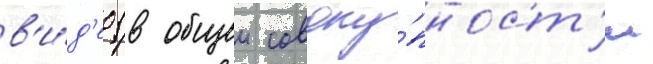
в'и́д'ео (в общеи совоку́пност'и